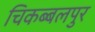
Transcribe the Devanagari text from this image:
चिकब्बलपुर